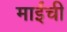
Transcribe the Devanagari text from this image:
माईंची